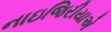
નાઇજિરીયાએ